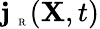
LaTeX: {\mathbf j}_{\mathrm{~\tiny~R~}}({\mathbf X},t)